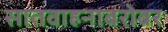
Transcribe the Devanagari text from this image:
सातवाहनाबरोबर